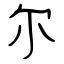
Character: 尔